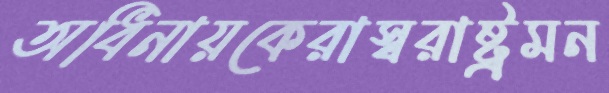
অধিনায়কেরাস্বরাষ্ট্রমন